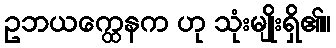
ဥဘယက္ထေနက ဟု သုံးမျိုးရှိ၏။